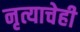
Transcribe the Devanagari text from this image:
नृत्याचेही